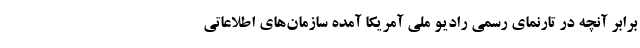
برابر آنچه در تارنمای رسمی رادیو ملی آمریکا آمده سازمان‌های اطلاعاتی